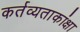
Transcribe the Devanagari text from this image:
कर्तव्यताकांक्षा